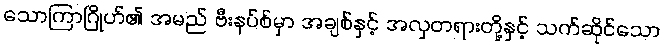
သောကြာဂြိုဟ်၏ အမည် ဗီးနပ်စ်မှာ အချစ်နှင့် အလှတရားတို့နှင့် သက်ဆိုင်သော